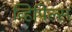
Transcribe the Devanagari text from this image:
व्हिपिल्स